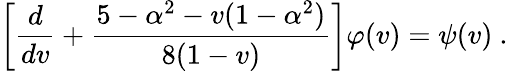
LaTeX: \left[\frac{d}{dv}+\frac{5-\alpha^{2}-v(1-\alpha^{2})}{8(1-v)}\right]\varphi(v)=\psi(v)~.